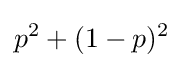
p^{2}+(1-p)^{2}